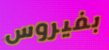
بفيروس